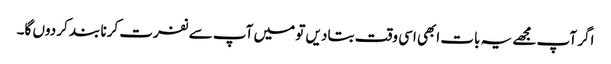
اگر آپ مجھے یہ بات ابھی اسی وقت بتا دیں تو میں آپ سے نفرت کرنا بند کر دوں گا۔